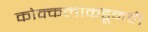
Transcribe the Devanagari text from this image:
कोक्कलाकडूनही